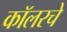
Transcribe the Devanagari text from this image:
कॉलरचे